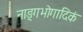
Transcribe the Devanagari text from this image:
नाङ्गभोगादिकं